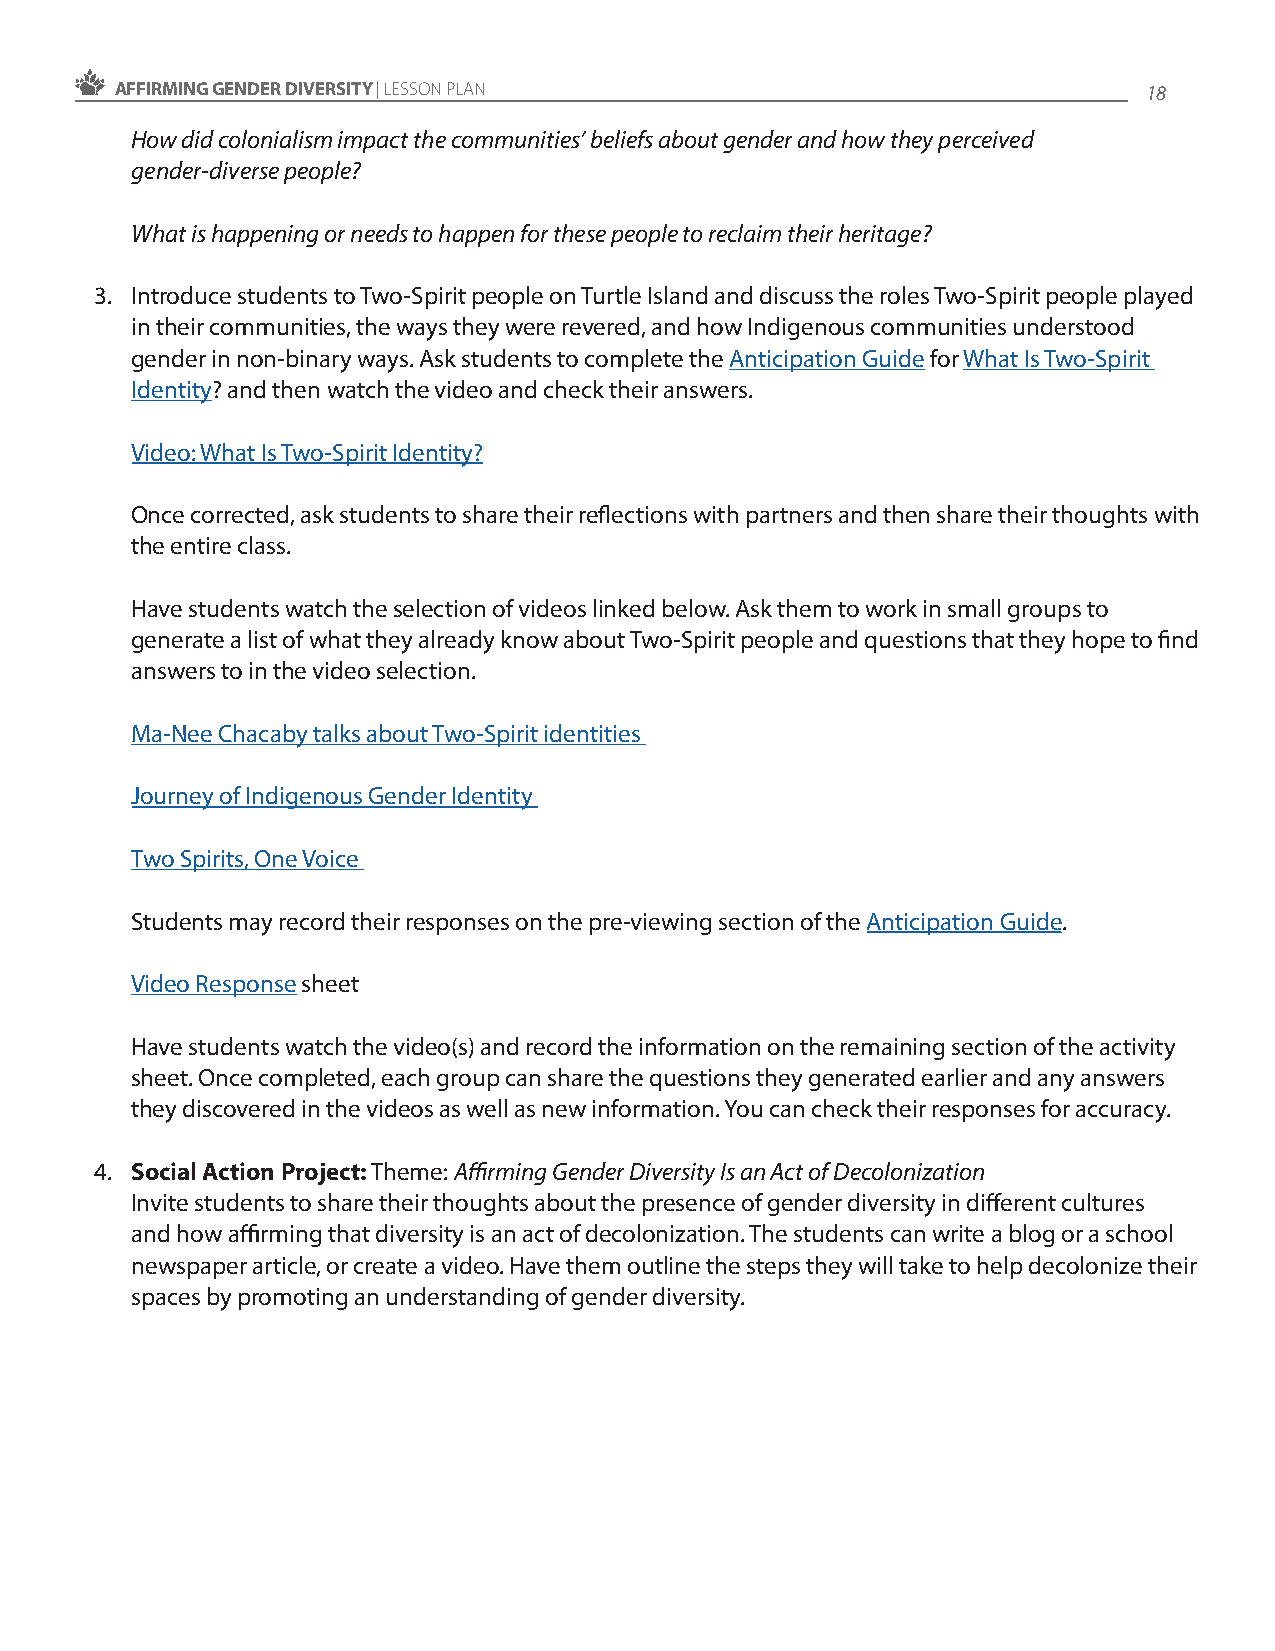
AFFIRMING GENDER DIVERSITY | LESSON PLAN                            18
 How did colonialism impact the communities’ beliefs about gender and how they perceived
 gender-diverse people?
 What is happening or needs to happen for these people to reclaim their heritage?
 3. Introduce students to Two-Spirit people on Turtle Island and discuss the roles Two-Spirit people played
 in their communities, the ways they were revered, and how Indigenous communities understood
 gender in non-binary ways. Ask students to complete the Anticipation Guide for What Is Two-Spirit
 Identity? and then watch the video and check their answers.
 Video: What Is Two-Spirit Identity?
 Once corrected, ask students to share their reflections with partners and then share their thoughts with
 the entire class.
 Have students watch the selection of videos linked below. Ask them to work in small groups to
 generate a list of what they already know about Two-Spirit people and questions that they hope to find
 answers to in the video selection.
 Ma-Nee Chacaby talks about Two-Spirit identities
 Journey of Indigenous Gender Identity
 Two Spirits, One Voice
 Students may record their responses on the pre-viewing section of the Anticipation Guide.
 Video Response sheet
 Have students watch the video(s) and record the information on the remaining section of the activity
 sheet. Once completed, each group can share the questions they generated earlier and any answers
 they discovered in the videos as well as new information. You can check their responses for accuracy.
 4. Social Action Project: Theme: Affirming Gender Diversity Is an Act of Decolonization
 Invite students to share their thoughts about the presence of gender diversity in different cultures
 and how affirming that diversity is an act of decolonization. The students can write a blog or a school
 newspaper article, or create a video. Have them outline the steps they will take to help decolonize their
 spaces by promoting an understanding of gender diversity.